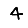
Digit: 4